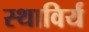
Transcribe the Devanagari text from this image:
स्थाविर्यं